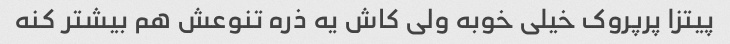
پیتزا پرپروک خیلی خوبه ولی کاش یه ذره تنوعش هم بیشتر کنه